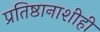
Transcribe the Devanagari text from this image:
प्रतिष्ठानाशीही